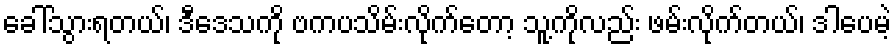
ခေါ်သွားရတယ်၊ ဒီဒေသကို ဗကပသိမ်းလိုက်တော့ သူ့ကိုလည်း ဖမ်းလိုက်တယ်၊ ဒါပေမဲ့